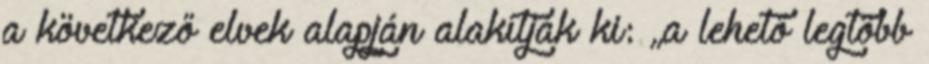
a következő elvek alapján alakítják ki: „a lehető legtöbb